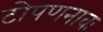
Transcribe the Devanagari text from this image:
टोपणनावः